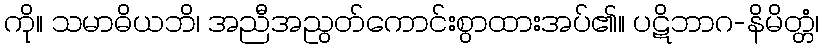
ကို။ သမာဓိယဘိ၊ အညီအညွတ်ကောင်းစွာထားအပ်၏။ ပဋိဘာဂ-နိမိတ္တံ၊